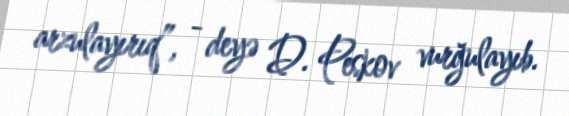
arzulayırıq”, - deyə D. Peskov vurğulayıb.